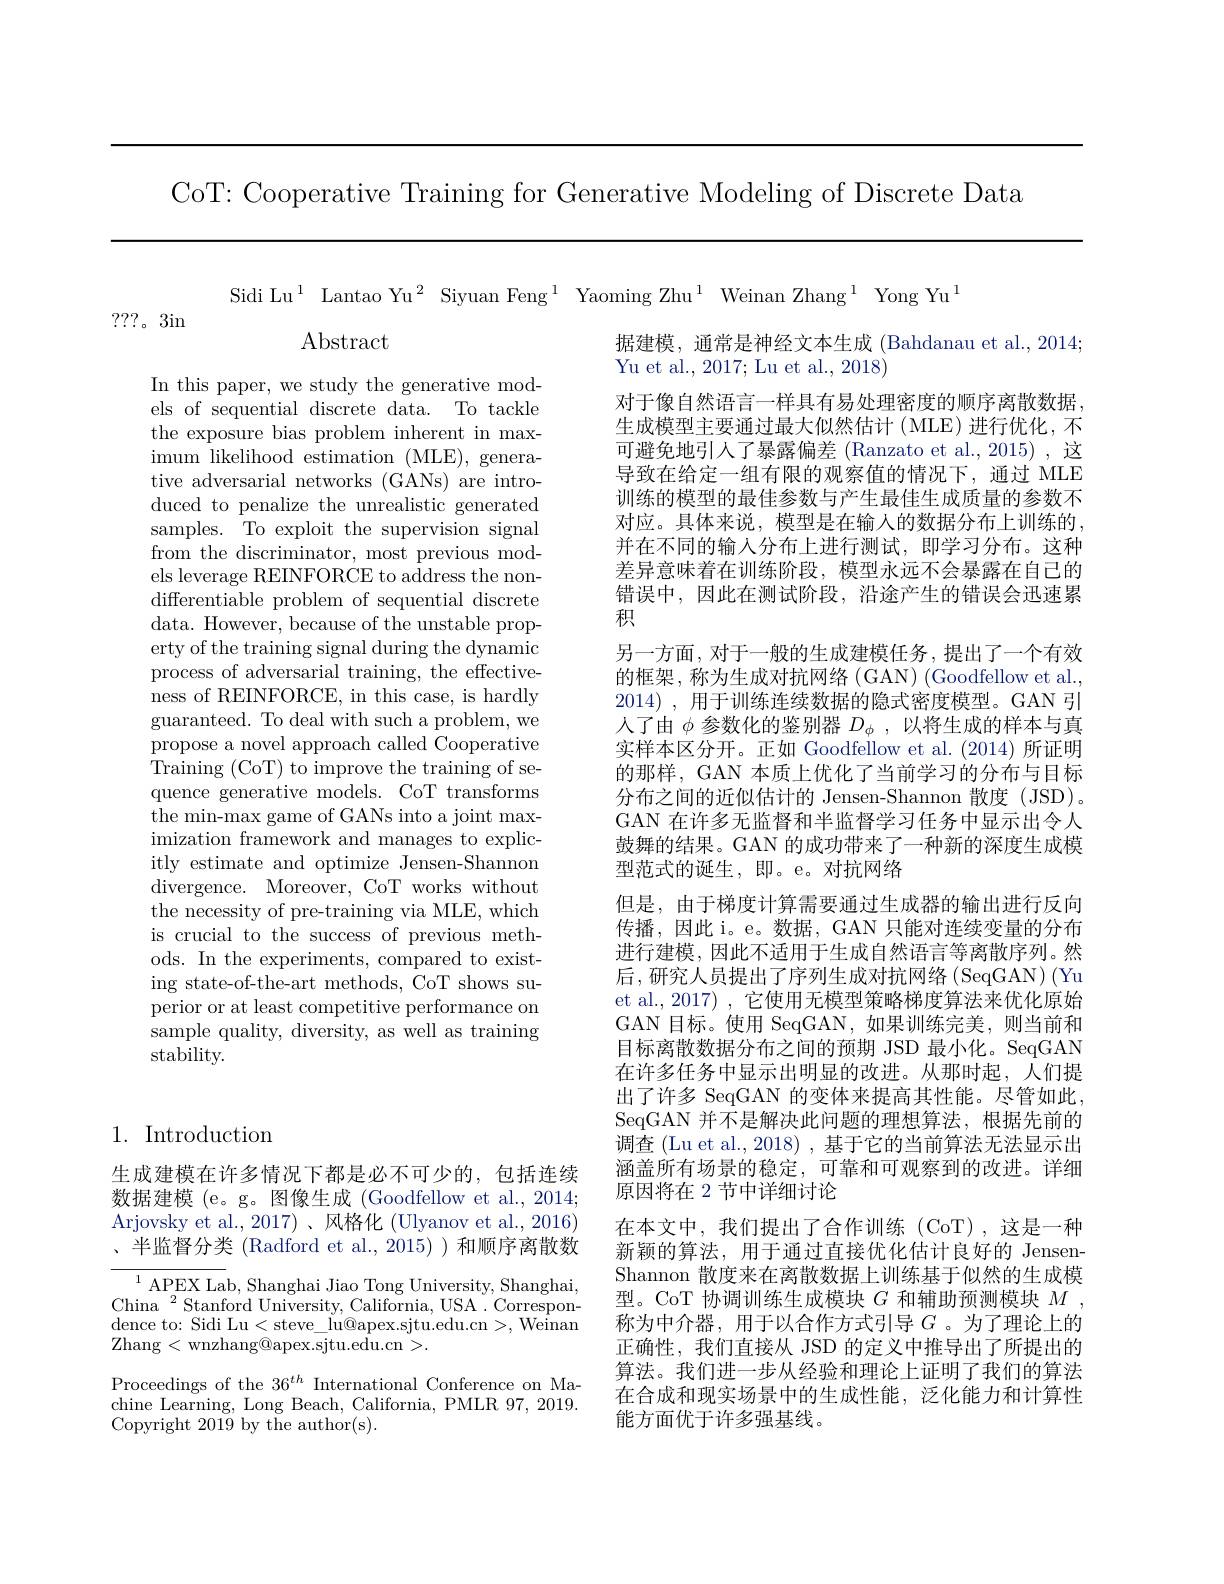
CoT: Cooperative Training for Generative Modeling of Discrete Data

Sidi Lu$^{1}$ Lantao Yu$^2\text{ Siyuan Feng}^{1}$ Yaoming Zhu$^1$ Weinan Zhang$^1$ Yong Yu$^{1}$

???。3in

Abstract

In this paper, we study the generative models of sequential discrete data. To tackle the exposure bias problem inherent in maximum likelihood estimation (MLE), generative adversarial networks (GANs) are introduced to penalize the unrealistic generated samples. To exploit the supervision signal from the discriminator, most previous models leverage REINFORCE to address the nondifferentiable problem of sequential discrete data. However, because of the unstable property of the training signal during the dynamic process of adversarial training, the effectiveness of REINFORCE, in this case, is hardly guaranteed. To deal with such a problem, we propose a novel approach called Cooperative Training (CoT) to improve the training of sequence generative models. CoT transforms the min-max game of GANs into a joint maximization framework and manages to explicitly estimate and optimize Jensen-Shannon divergence. Moreover, CoT works without the necessity of pre-training via MLE, which is crucial to the success of previous methods. In the experiments, compared to existing state-of-the-art methods, CoT shows superior or at least competitive performance on sample quality, diversity, as well as training stability.

据建模，通常是神经文本生成 (Bahdanau et al., 2014;
Yu et al., 2017; Lu et al., 2018)
对于像自然语言一样具有易处理密度的顺序离散数据生成模型主要通过最大似然估计(MLE)进行优化，不可避免地引人了暴露偏差(Ranzato et al., 2015) ,这导致在给定一组有限的观察值的情况下，通过 MLE 训练的模型的最佳参数与产生最佳生成质量的参数不对应。具体来说，模型是在输入的数据分布上训练的， 并在不同的输入分布上进行测试，即学习分布。这种差异意味着在训练阶段，模型永远不会暴露在自己的错误中，因此在测试阶段，沿途产生的错误会迅速累积
另一方面，对于一般的生成建模任务，提出了一个有效的框架，称为生成对抗网络 ( GAN) (Goodfellow et al., 2014) , 用于训练连续数据的隐式密度模型。GAN 引人了由$\phi$参数化的鉴别器$D_\phi$,以将生成的样本与真实样本区分开。正如 Goodfellow et al. (2014) 所证明的那样，GAN 本质上优化了当前学习的分布与目标分布之间的近似估计的 Jensen-Shannon 散度 (JSD)。GAN 在许多无监督和半监督学习任务中显示出令人鼓舞的结果。GAN 的成功带来了一种新的深度生成模型范式的诞生，即。e。对抗网络
但是，由于梯度计算需要通过生成器的输出进行反向传播，因此 i。e。数据，GAN 只能对连续变量的分布进行建模，因此不适用于生成自然语言等离散序列。然后，研究人员提出了序列生成对抗网络(SeqGAN)(Yu et al., 2017) , 它使用无模型策略梯度算法来优化原始GAN 目标。使用 SeqGAN,如果训练完美，则当前和目标离散数据分布之间的预期 JSD 最小化。SeqGAN 在许多任务中显示出明显的改进。从那时起，人们提出了许多 SeqGAN 的变体来提高其性能。尽管如此， SeqGAN 并不是解决此问题的理想算法，根据先前的调查 (Lu et al., 2018) , 基于它的当前算法无法显示出涵盖所有场景的稳定，可靠和可观察到的改进。详细原因将在 2 节中详细讨论
在本文中，我们提出了合作训练(CoT),这是一种新颖的算法，用于通过直接优化估计良好的 JensenShannon 散度来在离散数据上训练基于似然的生成模型。CoT 协调训练生成模块$G$和辅助预测模块$M$, 称为中介器，用于以合作方式引导$G$ 。为了理论上的正确性，我们直接从 JSD 的定义中推导出了所提出的算法。我们进一步从经验和理论上证明了我们的算法在合成和现实场景中的生成性能，泛化能力和计算性能方面优于许多强基线。

## 1. Introduction

生成建模在许多情况下都是必不可少的，包括连续数据建模 (e。g。图像生成 (Goodfellow et al., 2014; Arjovsky et al.,2017)、风格化 (Ulyanov et al., 2016) 、半监督分类 (Radford et al., 2015) )和顺序离散数

$^{1}$ APEX Lab, Shanghai Jiao Tong University, Shanghai, China$^{2}$Stanford University, California, USA. Correspondence to: Sidi Lu< steve$\_$lu@ apex. sjtu. edu. cn> , Weinan Zhang< wnzhang@ apex. sjtu. edu. cn> .

Proceedings of the 36$^{th}$ International Conference on Machine Learning, Long Beach, California, PMLR 97, 2019. Copyright 2019 by the author(s).